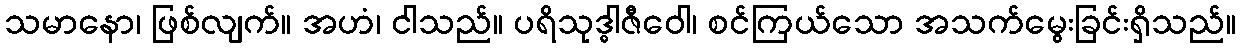
သမာနော၊ ဖြစ်လျက်။ အဟံ၊ ငါသည်။ ပရိသုဒ္ဓါဇီဝေါ၊ စင်ကြယ်သော အသက်မွေးခြင်းရှိသည်။